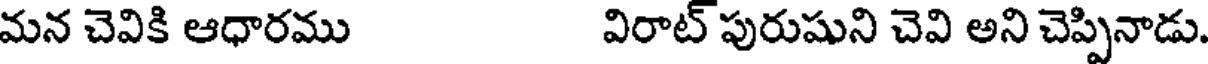
మన చెవికి ఆధారము విరాట్ పురుషుని చెవి అని చెప్పినాడు.